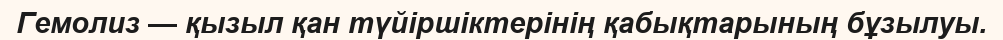
Гемолиз — қызыл қан түйіршіктерінің қабықтарының бұзылуы.